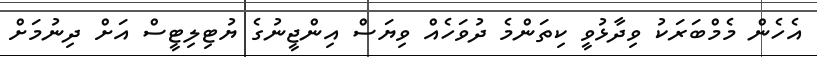
އެހެން މެމްބަރަކު ވިދާޅުވީ ކިތަންމެ ދުވަހެއް ވިޔަސް އިންޖީނުގެ ޔުޓިލިޓީސް އަށް ދިނުމަށް